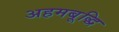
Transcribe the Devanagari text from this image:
अहमबूद्धि